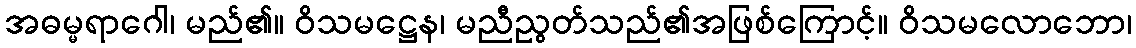
အဓမ္မရာဂေါ၊ မည်၏။ ဝိသမဋ္ဌေန၊ မညီညွတ်သည်၏အဖြစ်ကြောင့်။ ဝိသမလောဘော၊